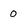
Character: 0